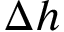
\Delta h